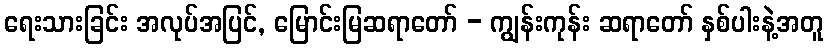
ရေးသားခြင်း အလုပ်အပြင်, မြောင်းမြဆရာတော် - ကျွန်းကုန်း ဆရာတော် နှစ်ပါးနဲ့အတူ